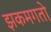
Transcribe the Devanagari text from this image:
झकमगतो